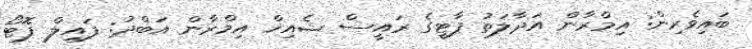
ބައިވެރިން: އިމްރާން އަދާލަތު ޕާޓީގެ ރައީސް ޝެއިޚް އިމްރާން އަބްދު: ފައިލް ފޮޓޯ